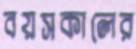
বয়সকালের